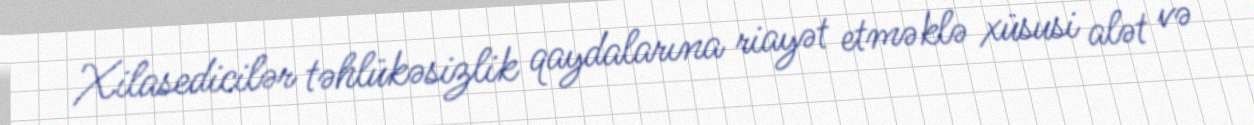
Xilasedicilər təhlükəsizlik qaydalarına riayət etməklə xüsusi alət və